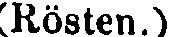
(Rösten.)